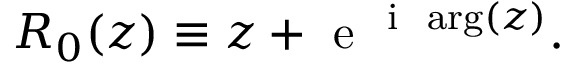
R _ { 0 } ( z ) \equiv z + \mathrm { ~ e ~ } ^ { \mathrm { ~ i ~ } \, \arg ( z ) } .